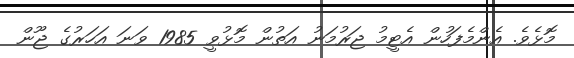
މޮޅެވެ. އެންމެފަހުން އެޓީމު ޖަރުމަނު އަތުން މޮޅުވީ 1985 ވަނަ އަހަރުގެ ޖޫން